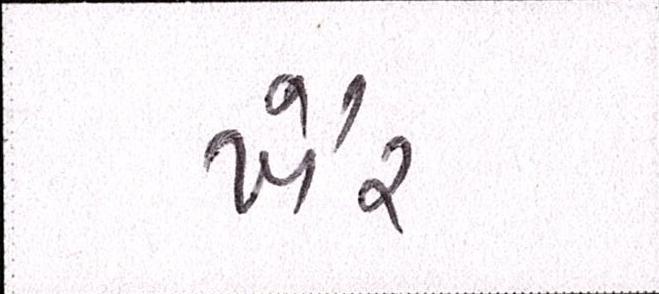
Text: ખૈર